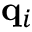
\mathbf { q } _ { i }